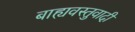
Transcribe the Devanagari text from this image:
बाह्यवस्तुवादी